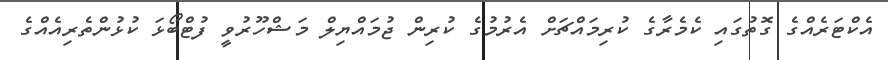
އެކްޓަރެއްގެ ގޮތުގައި ކެމެރާގެ ކުރިމައްޗަށް އެރުމުގެ ކުރިން ޖުމައްޔިލް މަޝްހޫރުވީ ފުޓްބޯޅަ ކުޅުންތެރިއެއްގެ